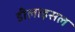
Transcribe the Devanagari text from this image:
डीलाइसल